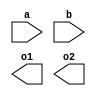
module ejemplo (
	input wire [3:0] a,
	input [3:0] b,
	output o1,o2
   );
   endmodule